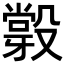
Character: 𣪼